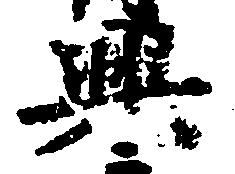
興